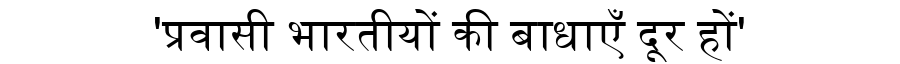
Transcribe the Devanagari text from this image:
'प्रवासी भारतीयों की बाधाएँ दूर हों'